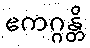
ဧကဂ္ဂန္တိ